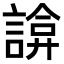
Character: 𧩸